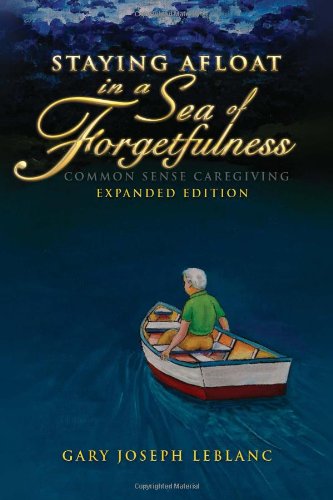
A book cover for Staying Afloat in a Sea of Forgetfulness: Common Sense Caregiving Expanded Edition; Gary Joseph LeBlanc; Health, Fitness & Dieting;